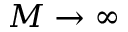
M \to \infty